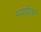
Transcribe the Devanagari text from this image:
पर्यायानं